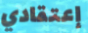
إعتقادي